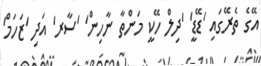
އޭގެ ތެރޭގައި 'ޑޭޑީ' 'ދިލް ހޭކީ މަންތާ ނާހިން' 'ސާރ' އަދި 'ޒަހަމް'